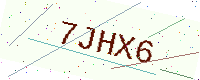
Text: 7JHX6